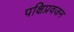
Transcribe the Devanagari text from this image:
पक्षिप्रवजन